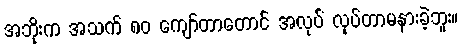
အဘိုးက အသက် ၈၀ ကျော်တာတောင် အလုပ် လုပ်တာမနားခဲ့ဘူး။